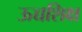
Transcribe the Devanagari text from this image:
ऊच्चशिक्ष